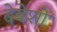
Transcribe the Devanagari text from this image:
देवेशो